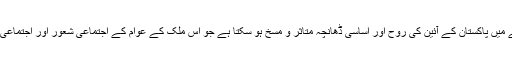
کیونکہ اس فروگزاشت کے نتیجے میں پاکستان کے آئین کی روح اور اساسی ڈھانچہ متاثر و مسخ ہو سکتا ہے جو اس ملک کے عوام کے اجتماعی شعور اور اجتماعی رائے کی نفی کے مترادف ہو گا۔